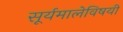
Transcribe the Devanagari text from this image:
सूर्यमालेविषयी